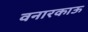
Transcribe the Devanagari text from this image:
वनारकाऊ